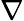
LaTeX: \nabla